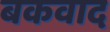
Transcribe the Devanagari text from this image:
बकवाद